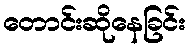
တောင်းဆိုနေခြင်း